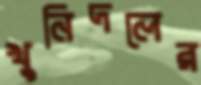
খুনিদলের